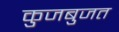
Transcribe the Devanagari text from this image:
कुजबुजत